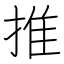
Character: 推